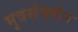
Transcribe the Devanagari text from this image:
मूत्रसंवर्धन